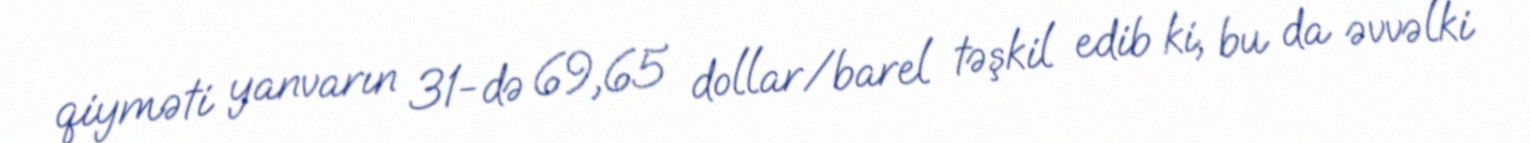
qiyməti yanvarın 31-də 69,65 dollar/barel təşkil edib ki, bu da əvvəlki